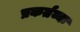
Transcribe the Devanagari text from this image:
प्रकर्तव्यः